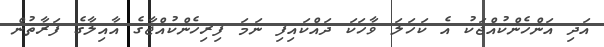
އަދި އަންހެންކުއްޖަކު އެ ކަހަލަ ވާހަކަ ދައްކައިފި ނަމަ ފިރިހެންކުއްޖާގެ އާއިލާގެ ފަރާތުން